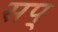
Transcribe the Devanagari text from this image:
सप्